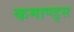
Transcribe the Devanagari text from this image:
कमाण्ड्स